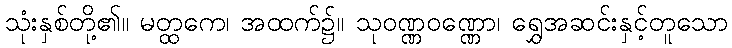
သုံးနှစ်တို့၏။ မတ္ထကေ၊ အထက်၌။ သုဝဏ္ဏဝဏ္ဏော၊ ရွှေအဆင်းနှင့်တူသော